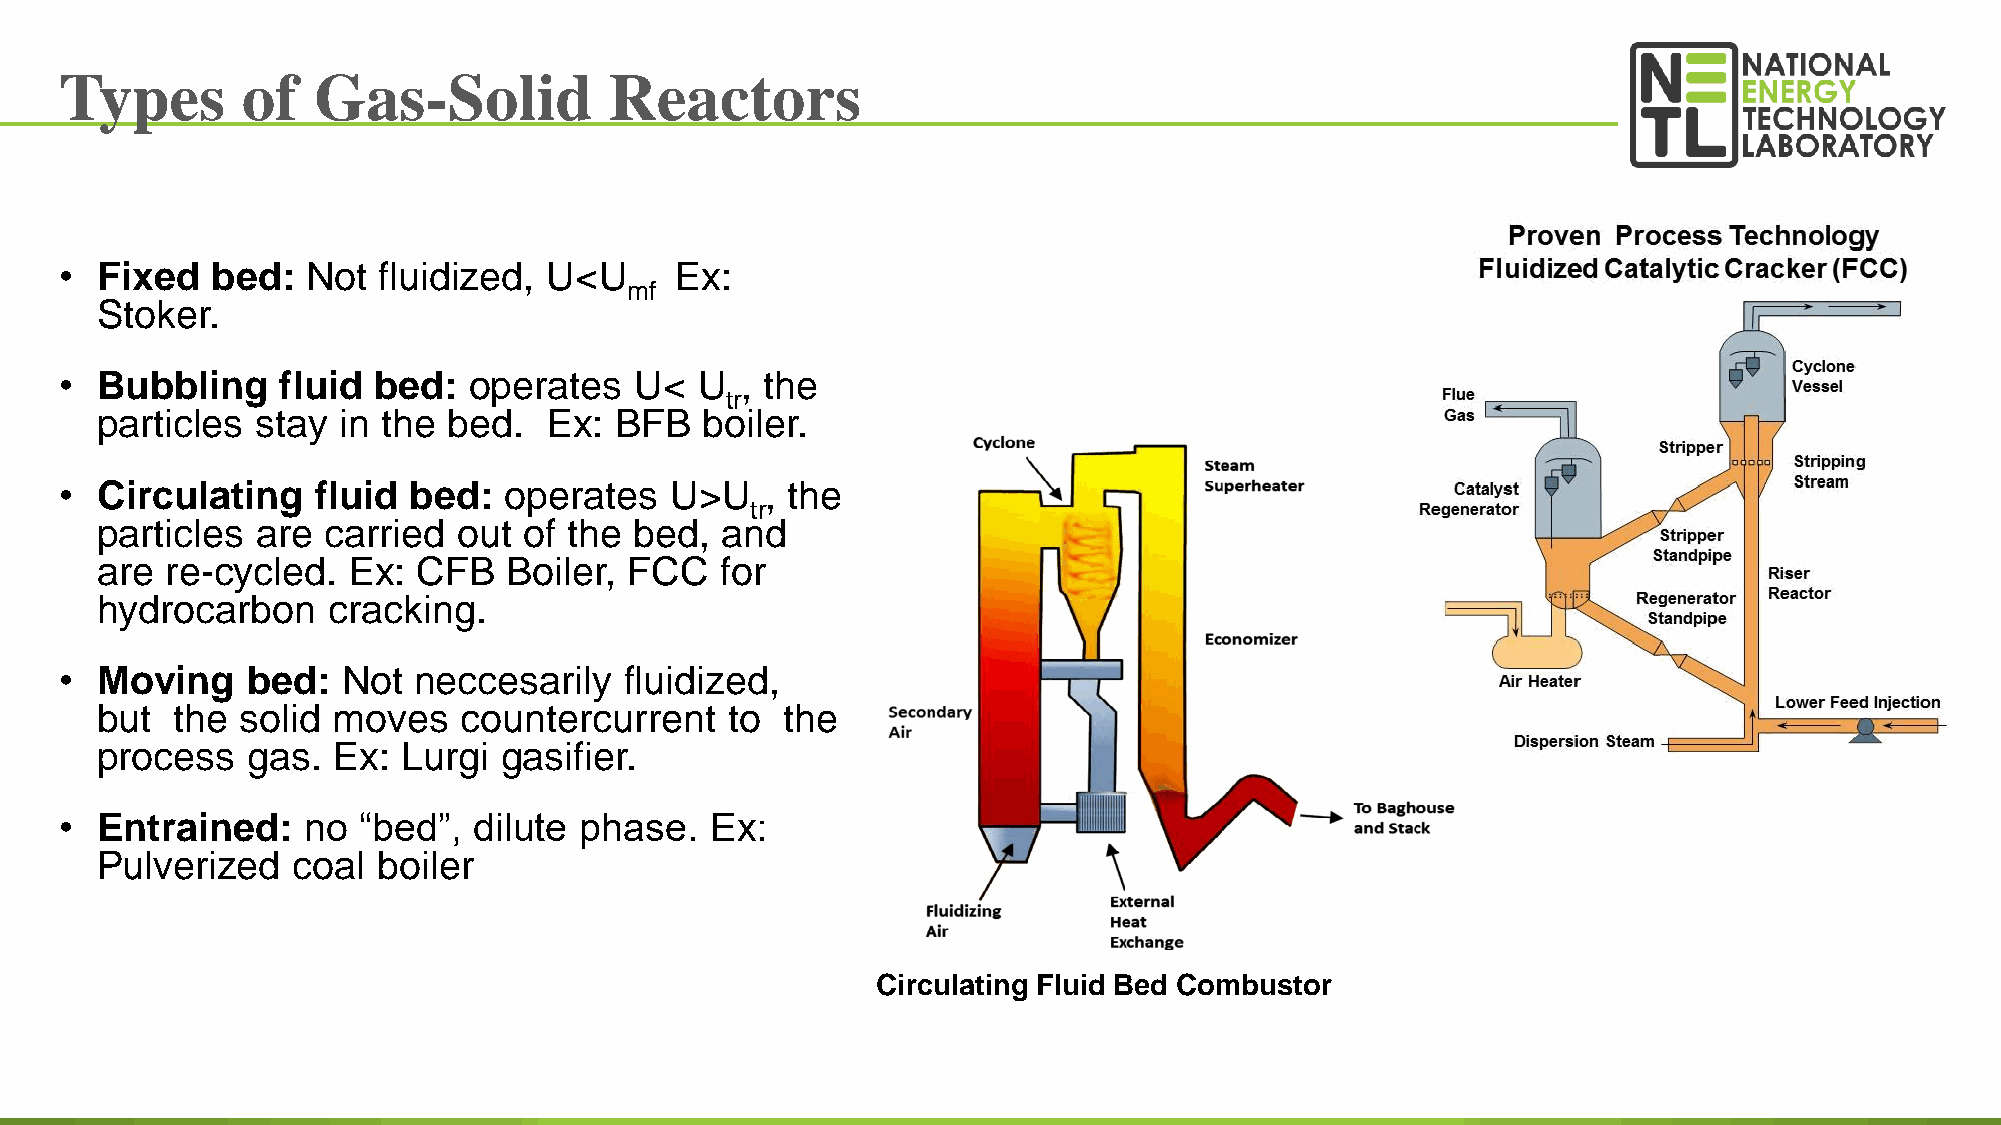
Types       of   Gas-Solid          Reactors
 • Fixed   bed:  Not  fluidized, U<U      Ex:
 mf
 Stoker.
 • Bubbling    fluid  bed:  operates   U<  U  , the
 tr
 particles  stay in the  bed.  Ex:  BFB  boiler.
 • Circulating    fluid bed:  operates   U>U    , the
 tr
 particles  are carried  out  of the bed,  and
 are  re-cycled.  Ex:  CFB   Boiler, FCC   for
 hydrocarbon     cracking.
 • Moving    bed:   Not neccesarily   fluidized,
 but   the solid moves   countercurrent    to  the
 process   gas.  Ex:  Lurgi gasifier.
 • Entrained:    no  “bed”, dilute phase.   Ex:
 Pulverized   coal  boiler
 Circulating Fluid Bed Combustor
 63